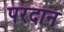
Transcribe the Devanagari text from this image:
परदान